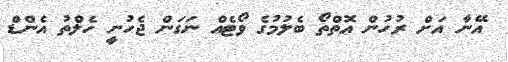
އޭނާ އަށް ރުހުން އޮތްތޯ ބެލުމުގެ ވޯޓެއް ނަގަން ޖެހުނީ ހެލްތު އެންޑް